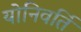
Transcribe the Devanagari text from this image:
योनिवर्ति